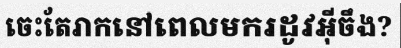
ចេះតែរាកនៅពេលមករដូវអ៊ីចឹង?